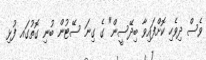
ވެސް ދިވެހި ކޮށްފައިވާ ބިދޭސީން" ގެ ގިނަ ސޭޓުން ބުނި ގޮތުގައ ފުޅި